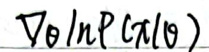
\(p(\theta|\mathbf{x})\)